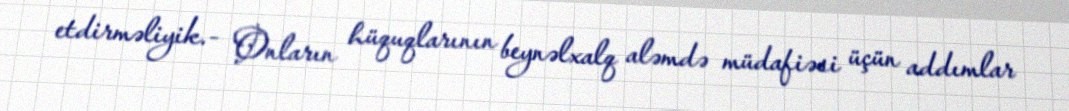
etdirməliyik.- Onların hüquqlarının beynəlxalq aləmdə müdafiəsi üçün addımlar